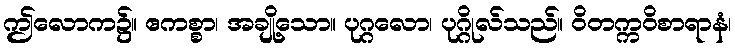
ဤလောက၌။ ဧကစ္စာ၊ အချို့သော။ ပုဂ္ဂလော၊ ပုဂ္ဂိုလ်သည်။ ဝိတက္ကဝိစာရာနံ၊